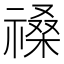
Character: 𥛋